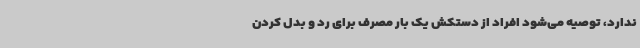
ندارد، توصیه می‌شود افراد از دستکش یک بار مصرف برای رد و بدل کردن